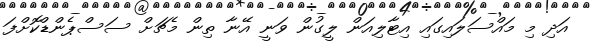
އަދި މި މައްސަލައިގައި އިޓާލިއަން ލީގުން ވަނީ އޭނާ ތިން މެޗަށް ސަސްޕެންޑްކޮށްފަ